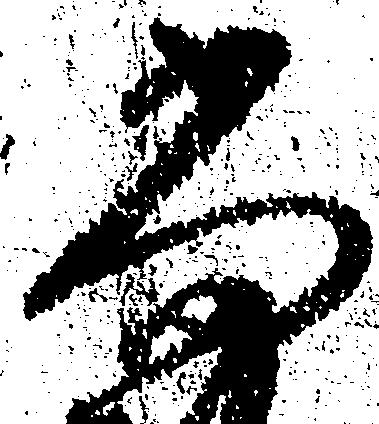
尚